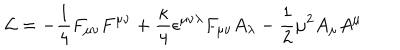
{ \cal L } = - { \frac { 1 } { 4 } } F _ { \mu \nu } F ^ { \mu \nu } + { \frac { \kappa } { 4 } } \epsilon ^ { \mu \nu \lambda } F _ { \mu \nu } A _ { \lambda } - { \frac { 1 } { 2 } } \mu ^ { 2 } A _ { \mu } A ^ { \mu }